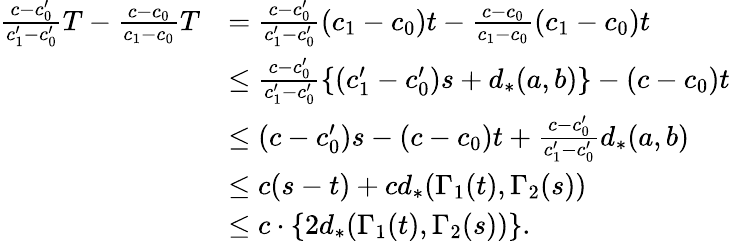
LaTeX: \begin{array}{rl}{\frac{c-c_{0}^{\prime}}{c_{1}^{\prime}-c_{0}^{\prime}}T-\frac{c-c_{0}}{c_{1}-c_{0}}T}&{=\frac{c-c_{0}^{\prime}}{c_{1}^{\prime}-c_{0}^{\prime}}(c_{1}-c_{0})t-\frac{c-c_{0}}{c_{1}-c_{0}}(c_{1}-c_{0})t}\\ &{\leq\frac{c-c_{0}^{\prime}}{c_{1}^{\prime}-c_{0}^{\prime}}\{ (c_{1}^{\prime}-c_{0}^{\prime})s+d_{*}(a,b)\} -(c-c_{0})t}\\ &{\leq(c-c_{0}^{\prime})s-(c-c_{0})t+\frac{c-c_{0}^{\prime}}{c_{1}^{\prime}-c_{0}^{\prime}}d_{*}(a,b)}\\ &{\leq c(s-t)+cd_{*}(\Gamma_{1}(t),\Gamma_{2}(s))}\\ &{\leq c\cdot\{ 2d_{*}(\Gamma_{1}(t),\Gamma_{2}(s))\} .}\end{array}